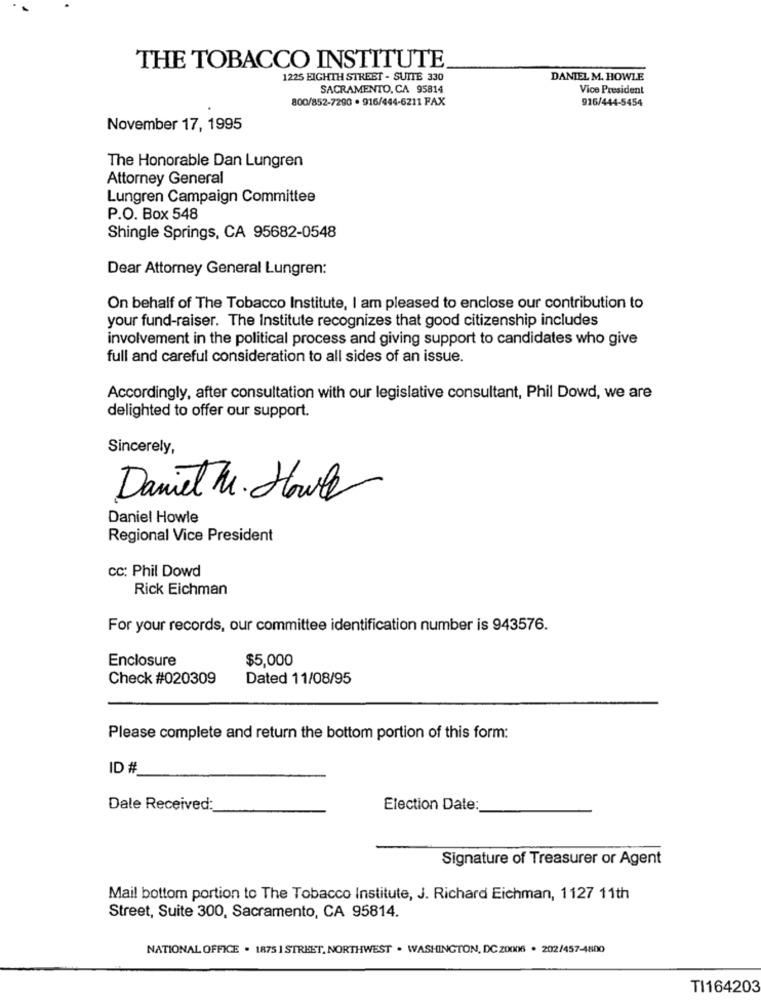
THE TOBACCO INSTITUTE
1225 EIGHTH STREET - SUITE 330
DANIEL M. HOWLE
SACRAMENTO, CA 95814
Vice President
800/852-7290 . 916/444-6211 FAX
916/444-5454
November 17, 1995
The Honorable Dan Lungren
Attorney General
Lungren Campaign Committee
P.O. Box 548
Shingle Springs, CA 95682-0548
Dear Attorney General Lungren:
On behalf of The Tobacco Institute, I am pleased to enclose our contribution to
your fund-raiser. The Institute recognizes that good citizenship includes
involvement in the political process and giving support to candidates who give
full and careful consideration to all sides of an issue.
Accordingly, after consultation with our legislative consultant, Phil Dowd, we are
delighted to offer our support.
Sincerely,
Daniel Mr. Howle
Daniel Howle
Regional Vice President
CC: Phil Dowd
Rick Eichman
For your records, our committee identification number is 943576.
Enclosure
$5,000
Check #020309
Dated 11/08/95
Please complete and return the bottom portion of this form:
ID #
Dale Received:
Election Date:
Signature of Treasurer or Agent
Mail bottom portion to The Tobacco Institute, J. Richard Eichman, 1127 11th
Street, Suite 300, Sacramento, CA 95814.
NATIONAL OFFICE . 1875 1 STREET, NORTHWEST . WASHINGTON, DC 20006 . 202/457-4800
TI164203